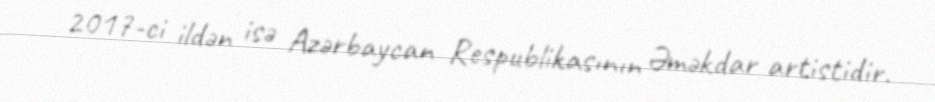
2017-ci ildən isə Azərbaycan Respublikasının Əməkdar artistidir.